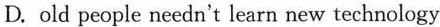
B